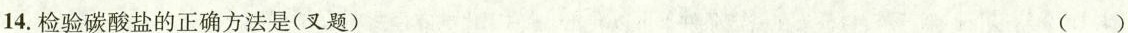
14.检验碳酸盐的正确方法是(叉题) ( )